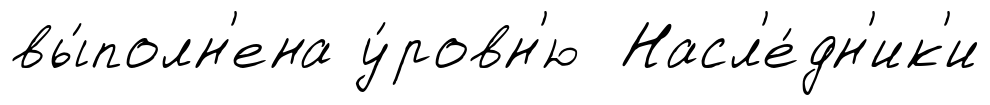
вы́полн'ена у́ровн'ю Насл'е́дн'ик'и